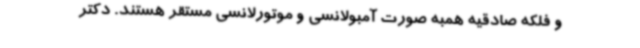
و فلکه صادقیه همبه صورت آمبولانسی و موتورلانسی مستقر هستند. دکتر